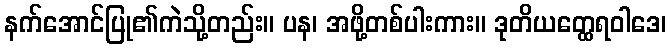
နက်အောင်ပြု၏ကဲသို့တည်း။ ပန၊ အဖို့တစ်ပါးကား။ ဒုတိယတ္ထေရဝါဒေ၊